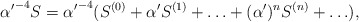
\begin{align*}{{\alpha'}^{-4} S = {\alpha'}^{-4} (S^{(0)} +{\alpha'} S^{(1)} + \ldots + (\alpha')^n S^{(n)} + \ldots) ,}\end{align*}